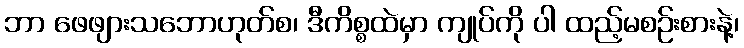
ဘာ ဖေဖျားသဘောဟုတ်စ၊ ဒီကိစ္စထဲမှာ ကျုပ်ကို ပါ ထည့်မစဉ်းစားနဲ့၊